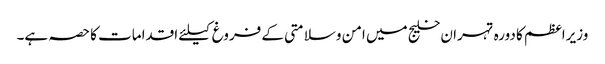
وزیراعظم کا دورہ تہران خلیج میں امن وسلامتی کے فروغ کیلئے اقدامات کا حصہ ہے۔